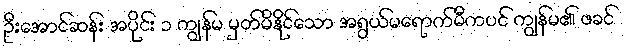
ဦးအောင်ဆန်း အပိုင်း ၁ ကျွန်မ မှတ်မိနိုင်သော အရွယ်မရောက်မီကပင် ကျွန်မ၏ ဖခင်